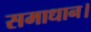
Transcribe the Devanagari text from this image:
समाधान।